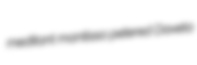
meditant mantissa petered Daveta